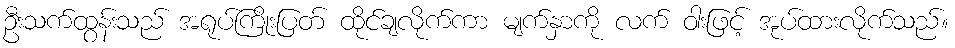
ဦးသက်ထွန်းသည် အရုပ်ကြိုးပြတ် ထိုင်ချလိုက်ကာ မျက်နှာကို လက် ဝါးဖြင့် အုပ်ထားလိုက်သည်။